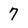
Character: 7